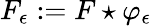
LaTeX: F_{\epsilon}:=F\star\varphi_{\epsilon}